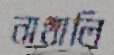
নাথালি